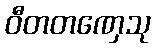
ဝီတတဏှေသု